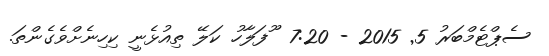
ސެޕްޓެމްބަރު 5